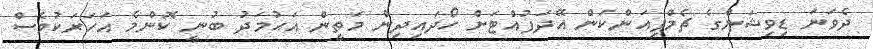
ދެވަނަ ޑިވިޝަންގެ ޗެމްޕިއަންކަން އޭދަފުއްޓަށް ހޯދައިދިން މަތީން އަޙުމަދު ބުނީ ކޮންމެ އަހަރަކުވެސް